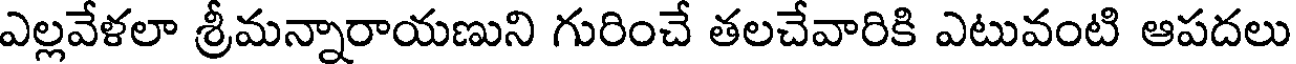
ఎల్లవేళలా శ్రీమన్నారాయణుని గురించే తలచేవారికి ఎటువంటి ఆపదలు